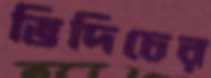
ভিদিচের